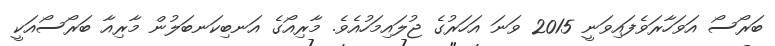
ބަރޯސޯ އަވަހާރަވެފައިވަނީ 2015 ވަނަ އަހަރުގެ ޖުލައިމަހުއެވެ. މާރިއޯގެ އަނބިކަނބަލުން މާރިއާ ބަރޯސޯއަކީ